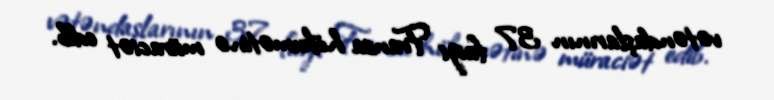
vətəndaşlarının 37 faizi Fransa hökumətinə müraciət edib.